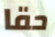
حقا